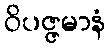
ဝိပဇ္ဇမာနံ